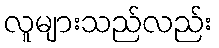
လူများသည်လည်း